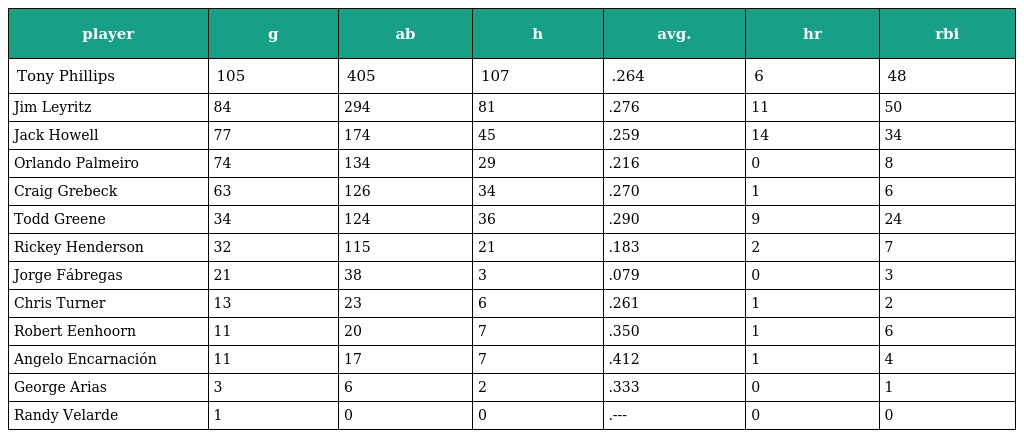
| player | g | ab | h | avg. | hr | rbi |
 | --- | --- | --- | --- | --- | --- | --- |
 | Tony Phillips | 105 | 405 | 107 | .264 | 6 | 48 |
 | Jim Leyritz | 84 | 294 | 81 | .276 | 11 | 50 |
 | Jack Howell | 77 | 174 | 45 | .259 | 14 | 34 |
 | Orlando Palmeiro | 74 | 134 | 29 | .216 | 0 | 8 |
 | Craig Grebeck | 63 | 126 | 34 | .270 | 1 | 6 |
 | Todd Greene | 34 | 124 | 36 | .290 | 9 | 24 |
 | Rickey Henderson | 32 | 115 | 21 | .183 | 2 | 7 |
 | Jorge Fábregas | 21 | 38 | 3 | .079 | 0 | 3 |
 | Chris Turner | 13 | 23 | 6 | .261 | 1 | 2 |
 | Robert Eenhoorn | 11 | 20 | 7 | .350 | 1 | 6 |
 | Angelo Encarnación | 11 | 17 | 7 | .412 | 1 | 4 |
 | George Arias | 3 | 6 | 2 | .333 | 0 | 1 |
 | Randy Velarde | 1 | 0 | 0 | .--- | 0 | 0 |